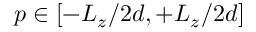
p \in [ - L _ { z } / 2 d , + L _ { z } / 2 d ]